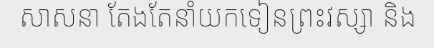
សាសនា តែងតែនាំយកទៀនព្រះវស្សា និង